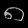
Digit: ၈